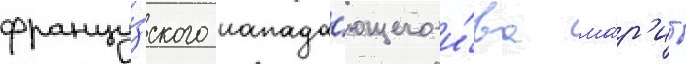
францу́зского напада́ющего и́ва ма́р'ио